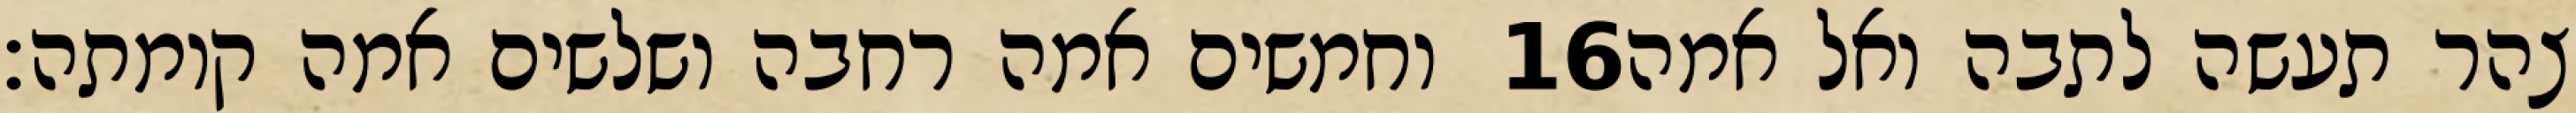
וחמשים אמה רחבה ושלשים אמה קומתה׃ ‎16‏ צהר תעשה לתבה ואל אמה